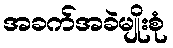
အခက်အခဲမျိုးစုံ